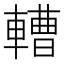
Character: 𨎝